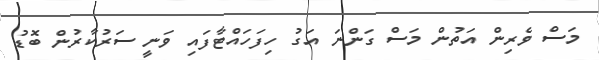
މަސް ވެރިން އަތުން މަސް ގަންނަ އަގު ހިފަހައްޓާފައި ވަނީ ސަރުކާރުން ބޮޑު